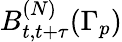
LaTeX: B_{t,t+\tau}^{(N)}(\Gamma_{p})